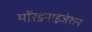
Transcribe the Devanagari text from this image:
मॉरडनाइजेशन